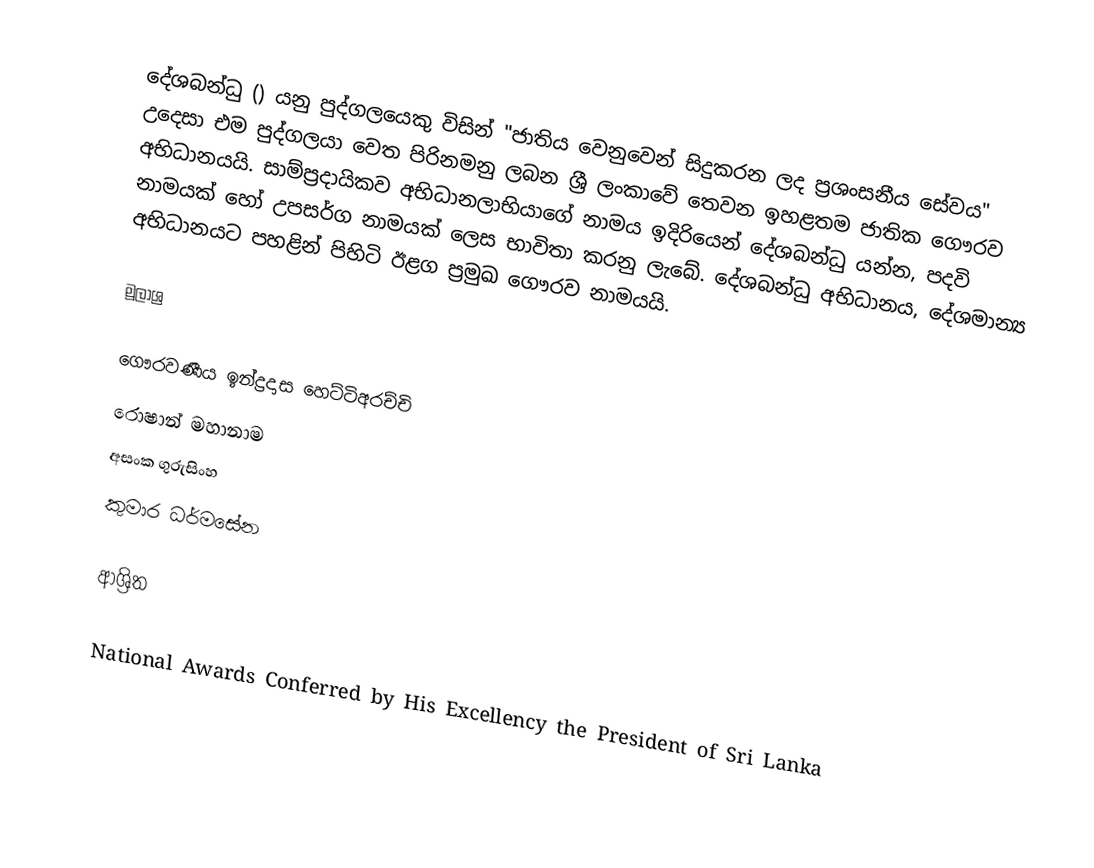
දේශබන්ධු () යනු පුද්ගලයෙකු විසින් "ජාතිය වෙනුවෙන් සිදුකරන ලද ප්‍රශංසනීය සේවය" උදෙසා එම පුද්ගලයා වෙත පිරිනමනු ලබන ශ්‍රී ලංකාවේ තෙවන ඉහළතම ජාතික ගෞරව අභිධානයයි. සාම්ප්‍රදායිකව අභිධානලාභියාගේ නාමය ඉදිරියෙන් දේශබන්ධු යන්න, පදවි නාමයක් හෝ උපසර්ග නාමයක් ලෙස භාවිතා කරනු ලැබේ. දේශබන්ධු අභිධානය, දේශමාන්‍ය අභිධානයට පහළින් පිහිටි ඊළග ප්‍රමුඛ ගෞරව නාමයයි.

මූලාශ්‍ර

 ගෞරවණීය ඉන්ද්‍රදාස හෙට්ටිඅරච්චි
 රොෂාන් මහානාම
 අසංක ගුරුසිංහ
 කුමාර ධර්මසේන

ආශ්‍රිත

 National Awards Conferred by His Excellency the President of Sri Lanka